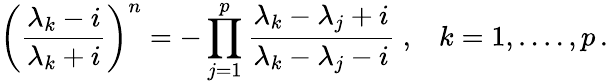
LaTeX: \left(\frac{\lambda_{k}-i}{\lambda_{k}+i}\right)^{n}=-\prod_{j=1}^{p}\frac{\lambda_{k}-\lambda_{j}+i}{\lambda_{k}-\lambda_{j}-i}\; ,\; \; \; k=1,....,p\, .